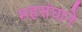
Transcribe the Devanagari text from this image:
महसंघाने